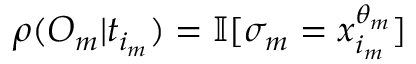
\rho ( O _ { m } | t _ { i _ { m } } ) = \mathbb { I } [ \sigma _ { m } = x _ { i _ { m } } ^ { \theta _ { m } } ]